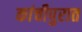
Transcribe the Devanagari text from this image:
कांचीपुरात